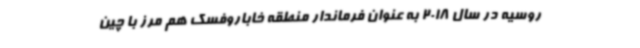
روسیه در سال 2018 به عنوان فرماندار منطقه خاباروفسک هم مرز با چین